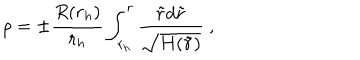
\rho = \pm \frac { R ( r _ { h } ) } { r _ { h } } \int _ { r _ { h } } ^ { r } \frac { \tilde { r } d \tilde { r } } { \sqrt { H ( \tilde { r } ) } } \ ,